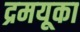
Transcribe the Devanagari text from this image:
द्रमयूका